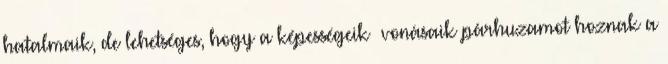
hatalmaik, de lehetséges, hogy a képességeik vonásaik párhuzamot hoznak a